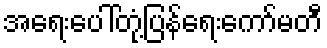
အရေးပေါ်တုံ့ပြန်ရေးကော်မတီ